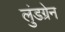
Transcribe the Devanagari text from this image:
लुंडग्रेन